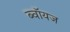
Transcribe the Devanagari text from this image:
ब्‍वॉयज